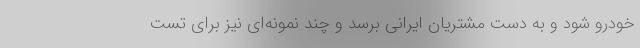
خودرو شود و به دست مشتریان ایرانی برسد و چند نمونه‌ای نیز برای تست